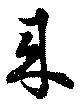
来